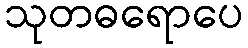
သုတဓရောပေ